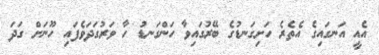
އެއީ އަނގައިގެ އެތެރެ ހަށިގަނޑުގެ ބޭރުގައިވާ ހަންގަނޑު ހާ ވަރުގަދަވެފައި ހޫނަށް ގަދަ